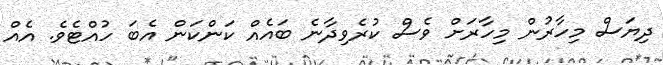
ދިޔަސް މިހާރުން މިހާރަށް ވެސް ކުރެވިދާނެ ބައެއް ކަންކަން އެބަ ހުއްޓެވެ. އެއް